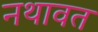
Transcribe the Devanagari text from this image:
नथावत